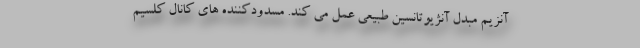
آنزیم مبدل آنژیوتانسین طبیعی عمل می کند. مسدودکننده های کانال کلسیم